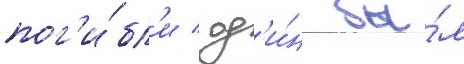
пог'и́бл'и / од'и́н бы́л